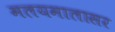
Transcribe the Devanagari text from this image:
मलयमालासर